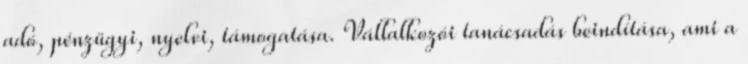
adó, pénzügyi, nyelvi, támogatása. Vállalkozói tanácsadás beindítása, ami a